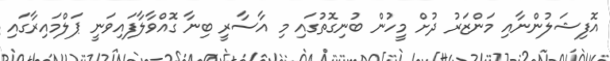
އޮފިޝަލުންނާއި މަންޒަރު ދުށް މީހުން ބުނިގޮތުގައި މި އާސާރީ ބިނާ ގޮއްވާލާފައިވަނީ ޕަލްމައިރާގައި